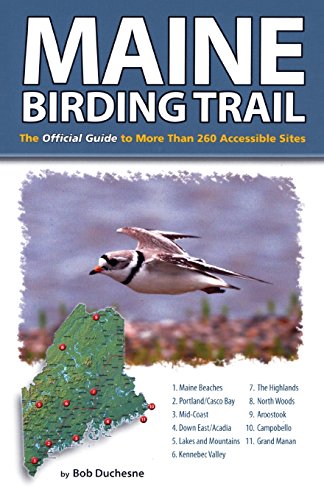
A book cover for Maine Birding Trail: The Official Guide to More Than 260 Accessible Sites; Bob Duchesne; Travel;